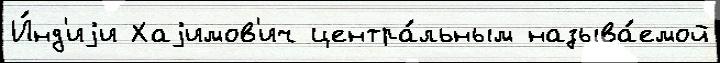
И́нд'иjи Хаjимов'ич центра́льным называ́емой